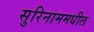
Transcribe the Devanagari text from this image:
सुरिनाममधील